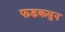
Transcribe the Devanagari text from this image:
फडकवुन